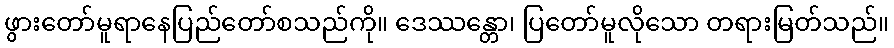
ဖွားတော်မူရာနေပြည်တော်စသည်ကို။ ဒေဿန္တော၊ ပြတော်မူလိုသော တရားမြတ်သည်။